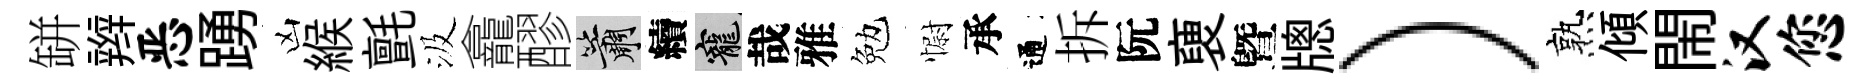
缾辫恶踴凶緱氈汲龕醪簫續寵哉雅勉𢠢承通拆阮褏曁牕）熟傾閙汉您